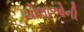
ચોલાઓની